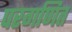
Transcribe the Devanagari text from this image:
परगणित